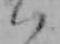
ハ